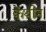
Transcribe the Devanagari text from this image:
केंथीन